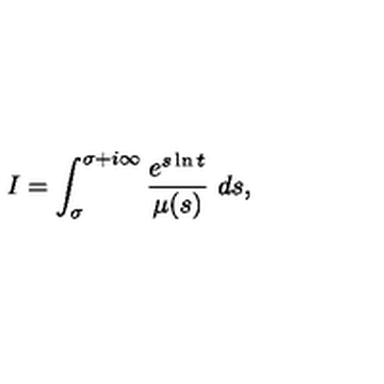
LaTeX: I = \int _ { \sigma } ^ { \sigma + i \infty } \frac { e ^ { s \ln t } } { \mu ( s ) } \ d s ,